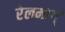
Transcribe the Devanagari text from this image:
रेलमार्ग्